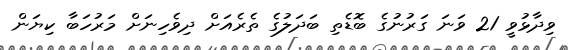
ވިދާޅުވީ 21 ވަނަ ގަރުނުގެ ބޮޑެތި ބަދަލުގެ ތެރެއަށް ދިވެހިނަށް މަރުހަބާ ކިޔަން